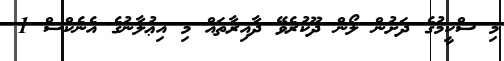
މި ސްކީމުގެ ދަށުން ލޯން ދޫކުރެވޭ ދާއިރާތައް މި އިޢުލާނުގެ އެނެކްސް 1